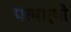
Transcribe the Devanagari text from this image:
परमार्थो